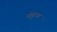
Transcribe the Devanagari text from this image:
पोहुचा